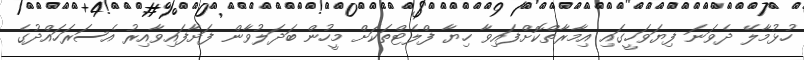
ހުޅުމާލޭ ދެވަނަ ފިޔަވަހީގައި އިމާރާތްކޮށްފައިވާ ހިޔާ ފްލެޓްތަކަށް މީހުން ބަދަލުވާން ފަށާފައިވާއިރު އެސަރަހައްދުގެ